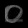
Digit: ၀